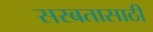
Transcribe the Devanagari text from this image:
सरबतासाठी